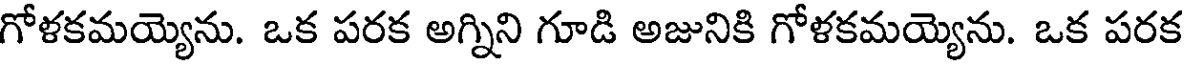
గోళకమయ్యెను. ఒక పరక అగ్నిని గూడి అజునికి గోళకమయ్యెను. ఒక పరక